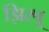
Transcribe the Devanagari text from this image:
झिरपू